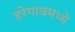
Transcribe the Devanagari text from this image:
हरेगावमध्ये